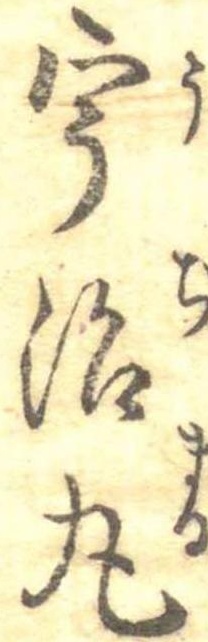
宇治丸